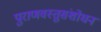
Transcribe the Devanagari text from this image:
पुराणवस्तुसंशोधन